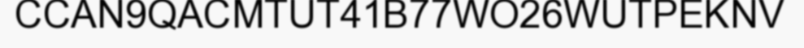
CCAN9QACMTUT41B77WO26WUTPEKNV